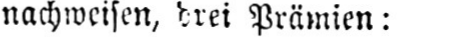
nachweisen, drei Prämien: